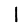
Digit: 1